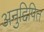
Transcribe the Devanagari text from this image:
अनुद्दिपित